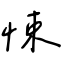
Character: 悚